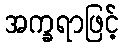
အက္ခရာဖြင့်